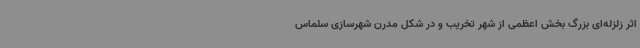
اثر زلزله‌ای بزرگ بخش اعظمی از شهر تخریب و در شکل مدرن شهرسازی سلماس